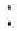
: